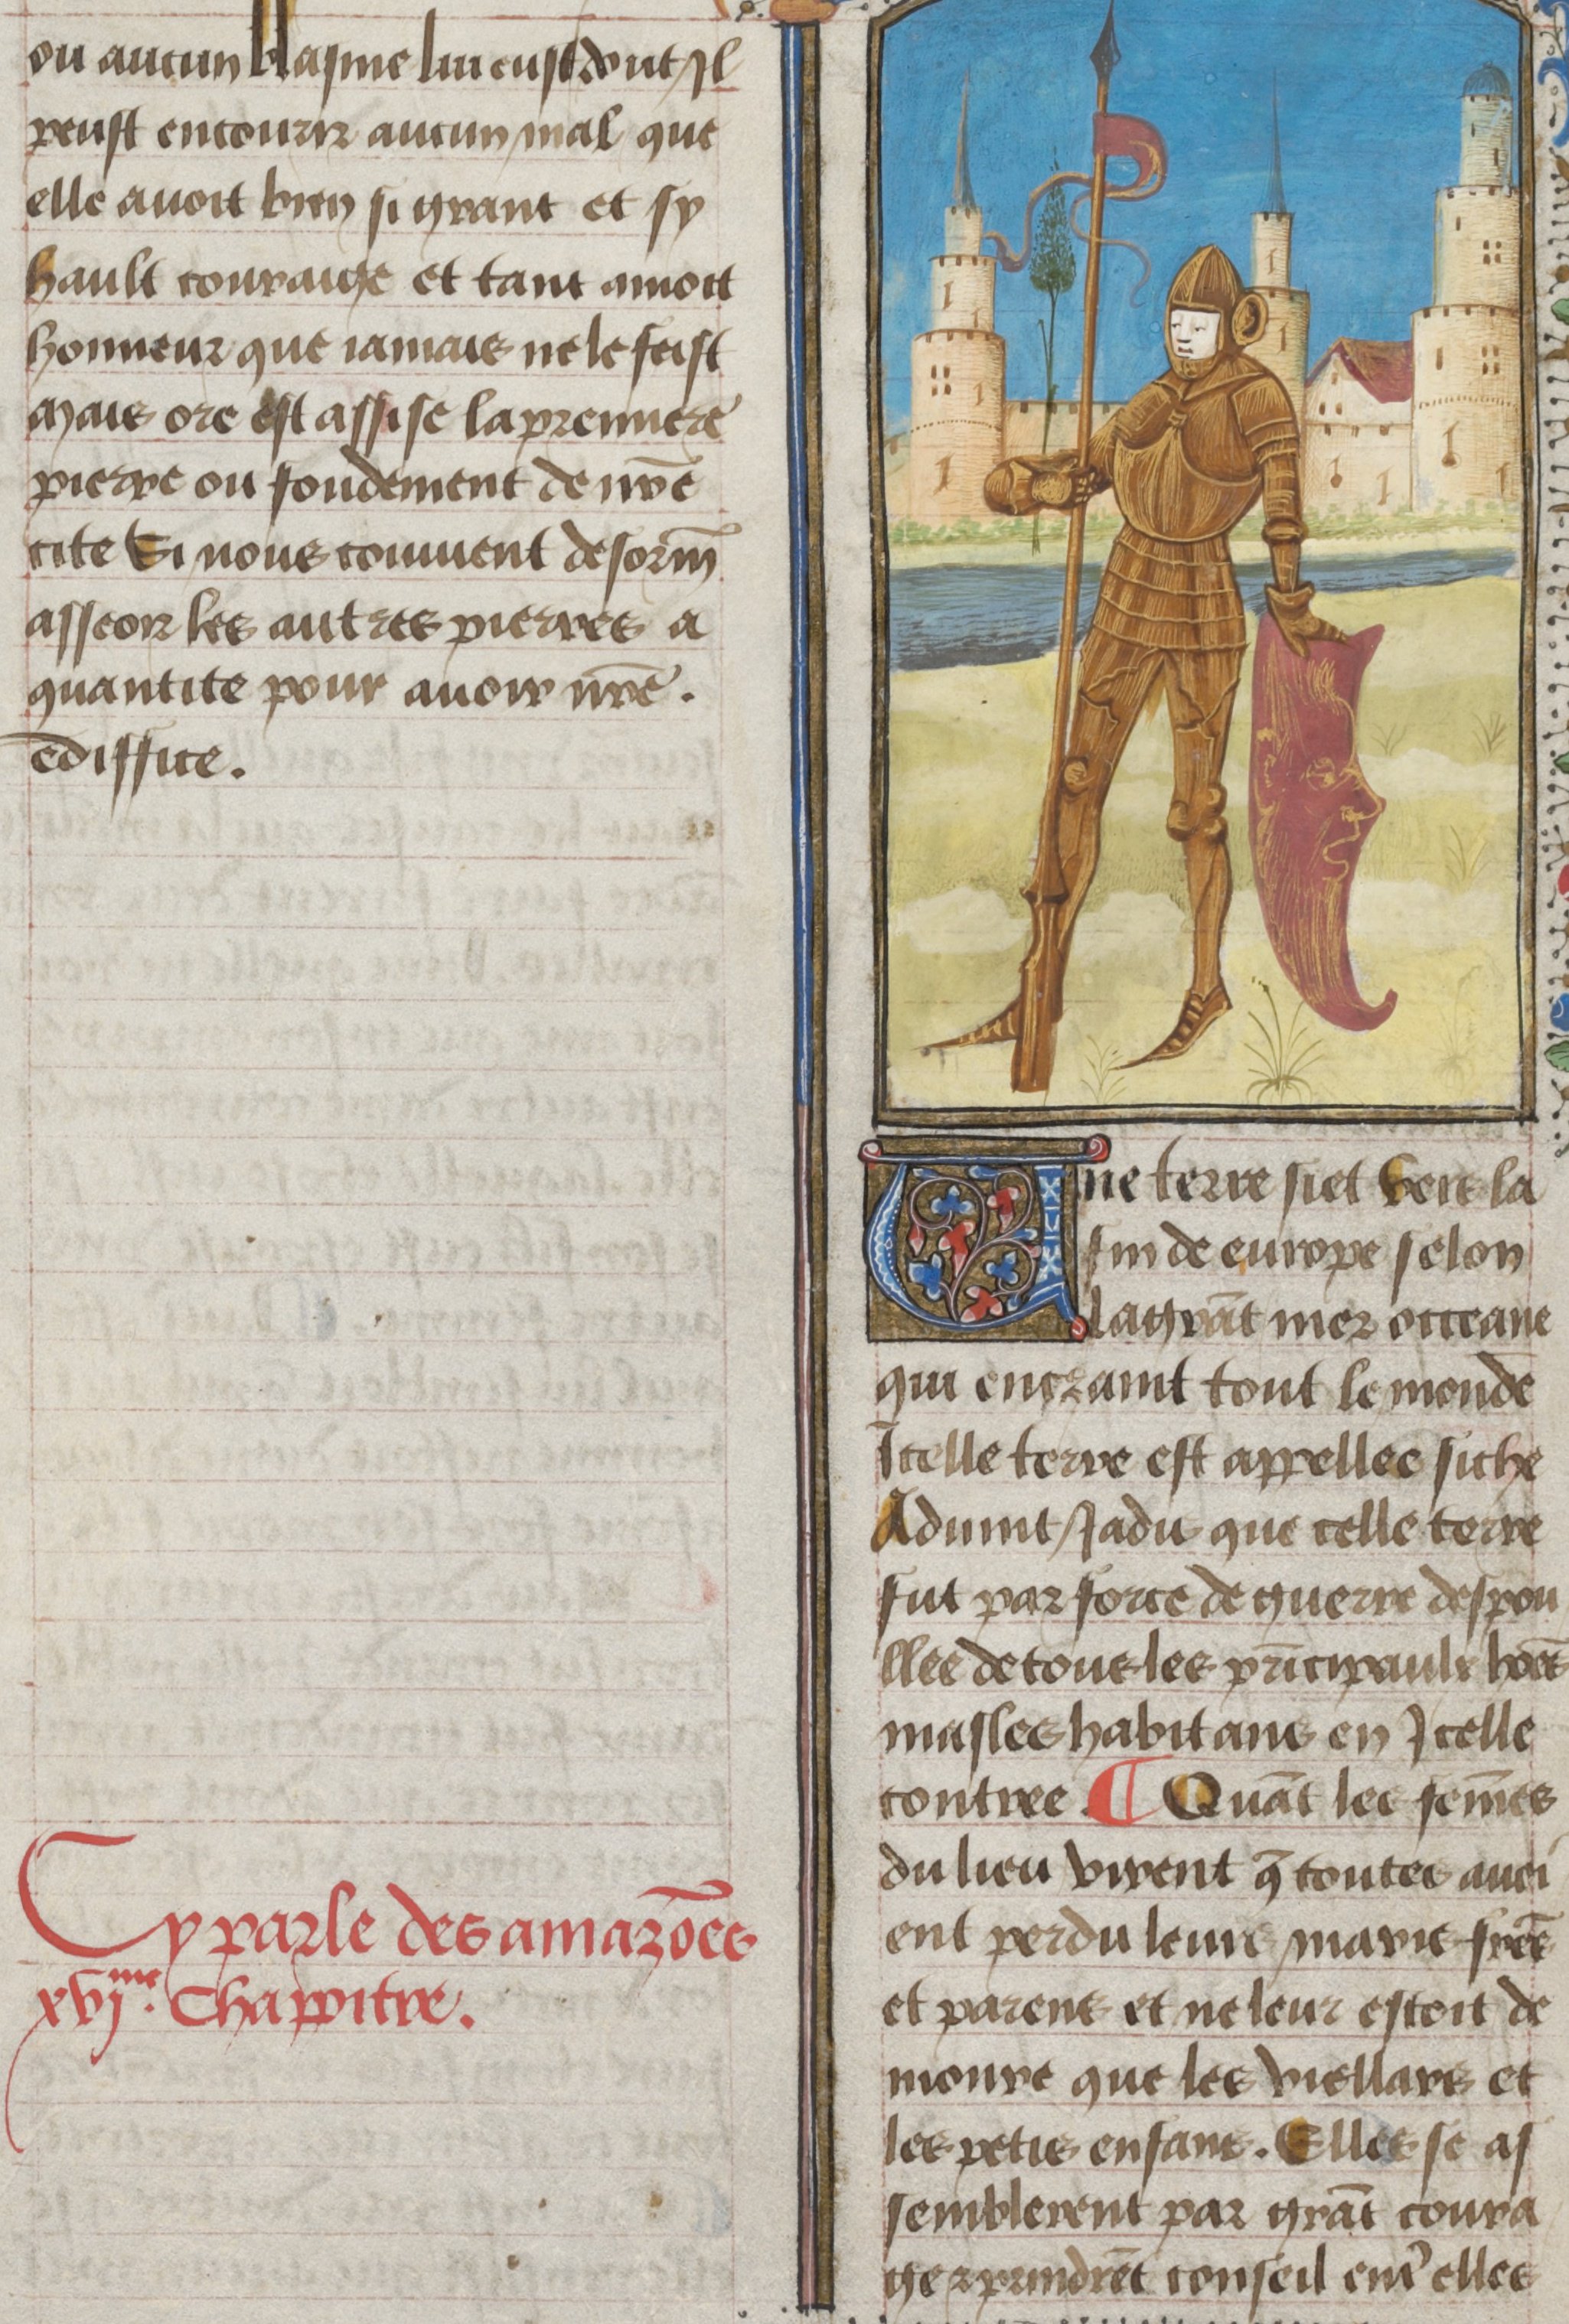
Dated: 1450–1499